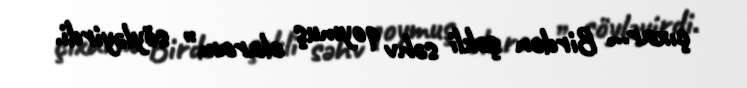
çıxar... Birdən şəkli səhv qoymuş olaram” söyləyirdi.